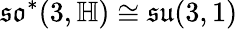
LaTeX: {\mathfrak{so}}^{*}(3,\mathbb{H})\cong{\mathfrak{su}}(3,1)